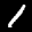
Label: 1